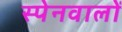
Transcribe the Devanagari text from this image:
स्पेनवालों